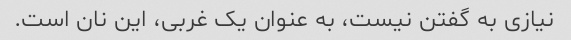
نیازی به گفتن نیست، به عنوان یک غربی، این نان است.